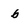
Character: b